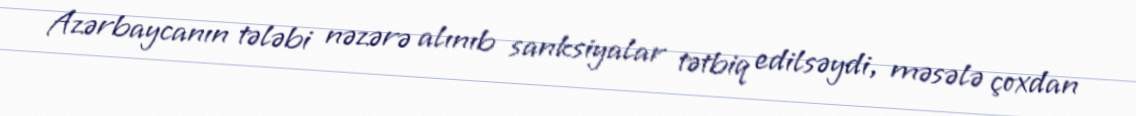
Azərbaycanın tələbi nəzərə alınıb sanksiyalar tətbiq edilsəydi, məsələ çoxdan